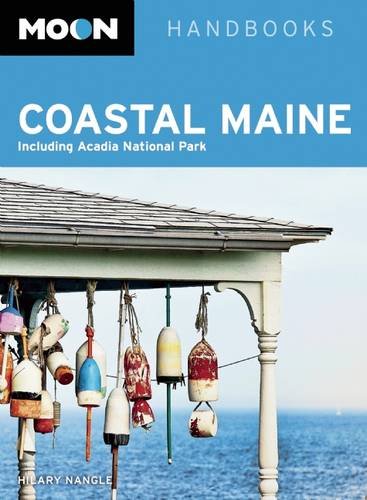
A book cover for Moon Coastal Maine: Including Acadia National Park; Hilary Nangle; Travel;